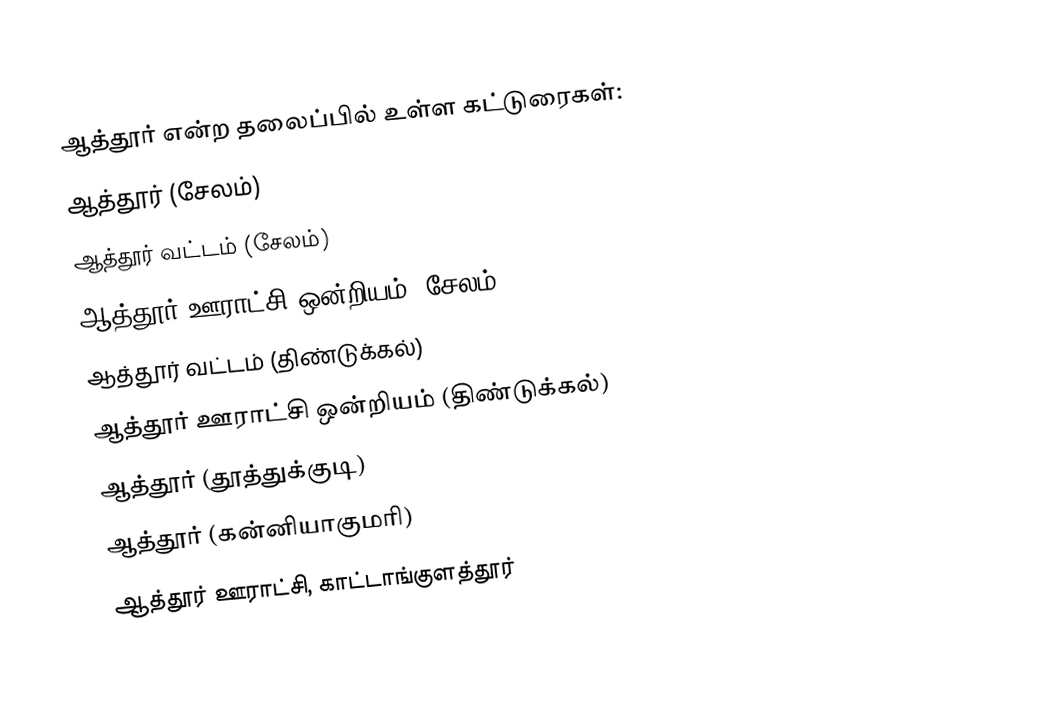
ஆத்தூர் என்ற தலைப்பில் உள்ள  கட்டுரைகள்:
ஆத்தூர் (சேலம்)
 ஆத்தூர் வட்டம் (சேலம்)
 ஆத்தூர் ஊராட்சி ஒன்றியம் (சேலம்)
 ஆத்தூர் வட்டம் (திண்டுக்கல்)
 ஆத்தூர் ஊராட்சி ஒன்றியம் (திண்டுக்கல்)
 ஆத்தூர் (தூத்துக்குடி)
 ஆத்தூர் (கன்னியாகுமரி)
 ஆத்தூர் ஊராட்சி, காட்டாங்குளத்தூர்